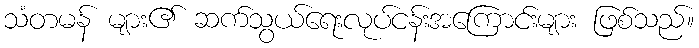
သံတမန် များ၏ ဆက်သွယ်ရေးလုပ်ငန်းအကြောင်းများ ဖြစ်သည်။